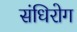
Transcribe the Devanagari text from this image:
संधिरोग